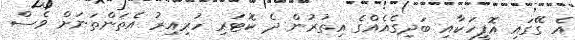
އެ ގޭގައި އޮފީހަކާއި ބަދިގެއެއްގެ އިތުރުން ދެ ކޮޓަރި ހުރިއިރު އެތަންތަނަށް ވެސް